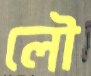
লৌ